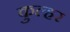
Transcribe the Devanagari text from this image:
कुल्हर